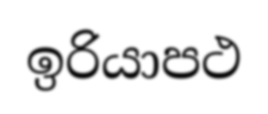
ඉරියාපථ